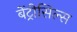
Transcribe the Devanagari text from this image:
बेंट्रीसिल्स